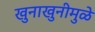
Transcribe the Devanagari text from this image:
खुनाखुनीमुळे